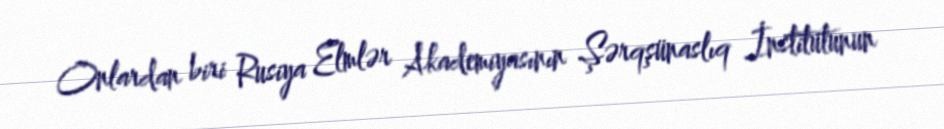
Onlardan biri Rusiya Elmlər Akademiyasının Şərqşünaslıq İnstitutunun